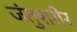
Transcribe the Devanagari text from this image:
जंतुशरीर